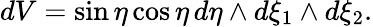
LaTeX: dV=\sin\eta\cos\eta\, d\eta\wedge d\xi_{1}\wedge d\xi_{2}.